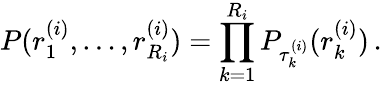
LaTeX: P(r_{1}^{(i)},\ldots,r_{R_{i}}^{(i)})=\prod_{k=1}^{R_{i}}P_{\tau_{k}^{(i)}}(r_{k}^{(i)})\, .